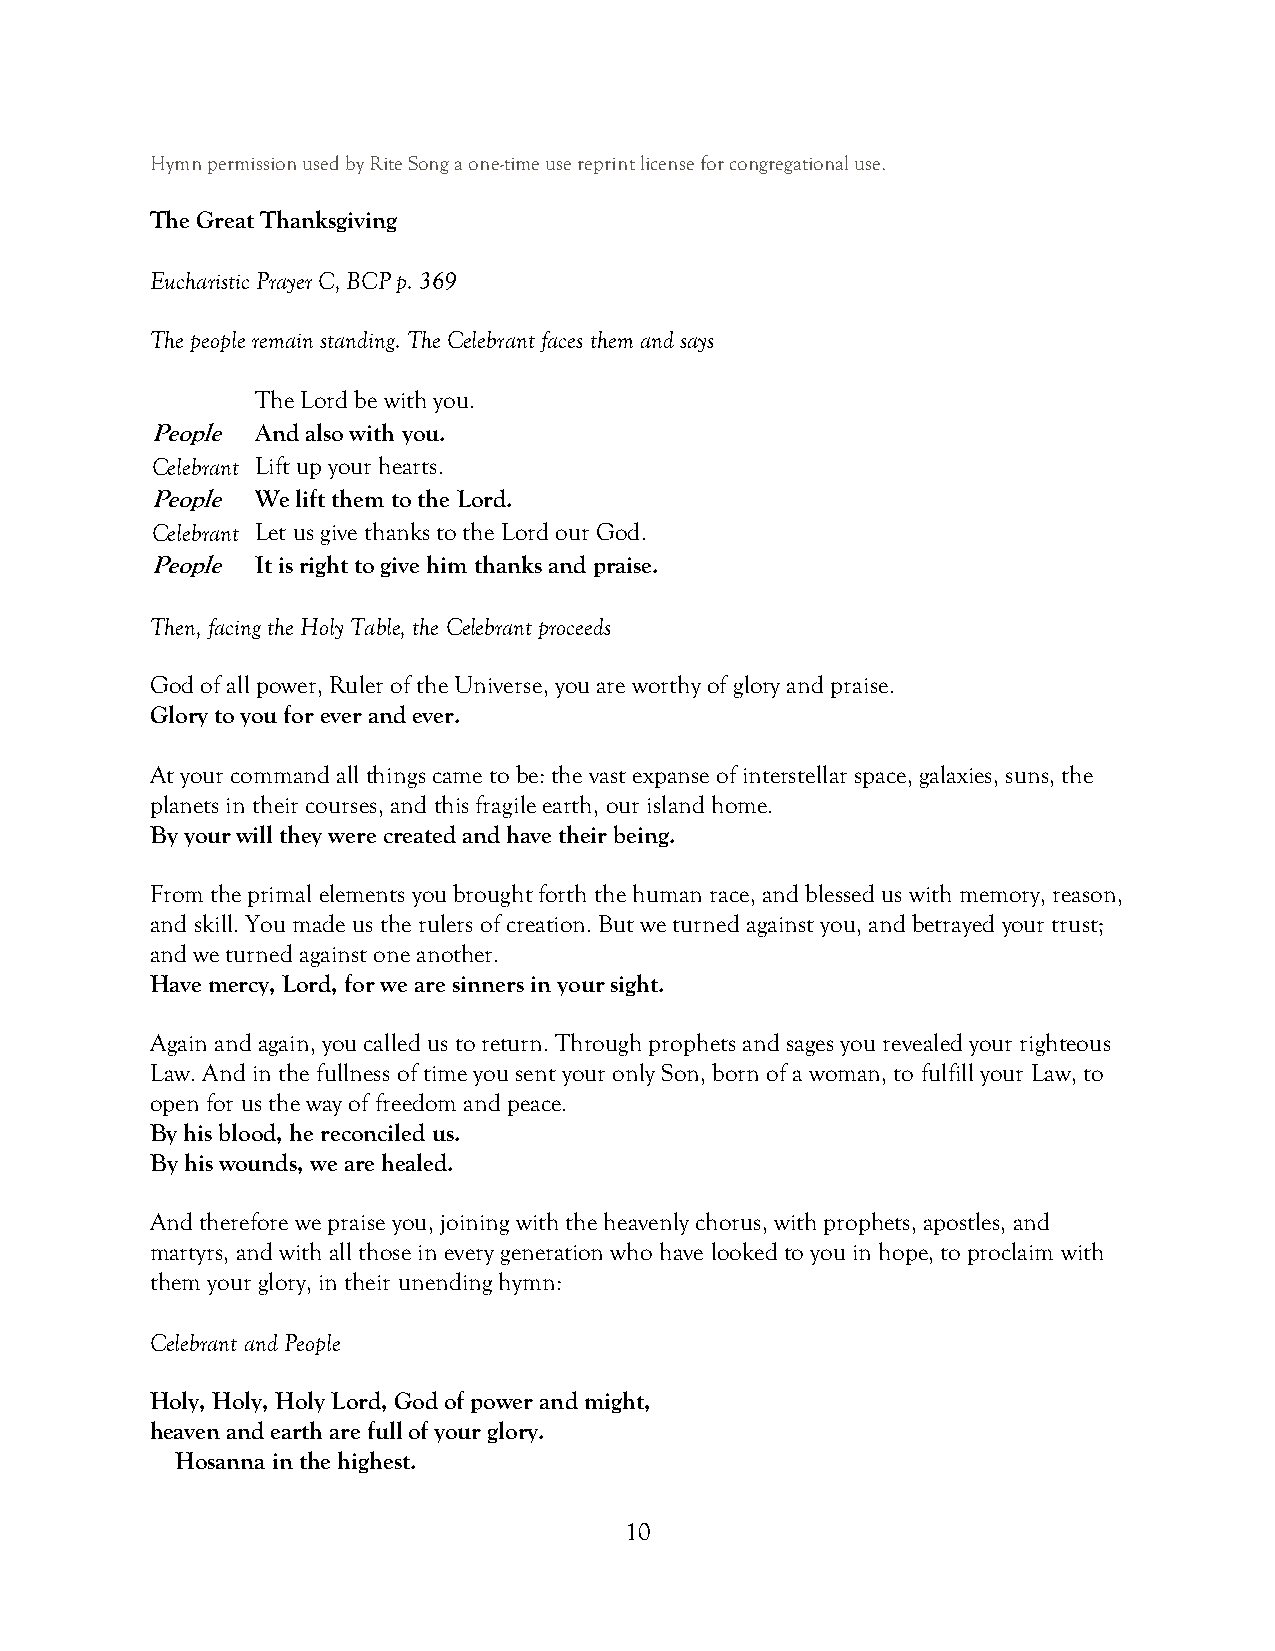
Hymn permission used by Rite Song a one-time use reprint license for congregational use.
 The Great Thanksgiving
 Eucharistic Prayer C, BCP p. 369
 The people remain standing. The Celebrant faces them and says
 The Lord be with you.
 People And also with you.
 Celebrant Lift up your hearts.
 People We lift them to the Lord.
 Celebrant Let us give thanks to the Lord our God.
 People It is right to give him thanks and praise.
 Then, facing the Holy Table, the Celebrant proceeds
 God of all power, Ruler of the Universe, you are worthy of glory and praise.
 Glory to you for ever and ever.
 At your command all things came to be: the vast expanse of interstellar space, galaxies, suns, the
 planets in their courses, and this fragile earth, our island home.
 By your will they were created and have their being.
 From the primal elements you brought forth the human race, and blessed us with memory, reason,
 and skill. You made us the rulers of creation. But we turned against you, and betrayed your trust;
 and we turned against one another.
 Have mercy, Lord, for we are sinners in your sight.
 Again and again, you called us to return. Through prophets and sages you revealed your righteous
 Law. And in the fullness of time you sent your only Son, born of a woman, to fulfill your Law, to
 open for us the way of freedom and peace.
 By his blood, he reconciled us.
 By his wounds, we are healed.
 And therefore we praise you, joining with the heavenly chorus, with prophets, apostles, and
 martyrs, and with all those in every generation who have looked to you in hope, to proclaim with
 them your glory, in their unending hymn:
 Celebrant and People
 Holy, Holy, Holy Lord, God of power and might,
 heaven and earth are full of your glory.
 Hosanna in the highest.
 10